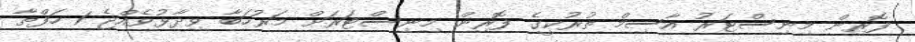
ފޮރިން މިނިސްޓަރު އާސިމް ތުރުކީގެ ފޮރިން މިނިސްޓަރަށް މަރުހަބާ ވިދާޅުވެއްޖެ 1 ހަފްތާ